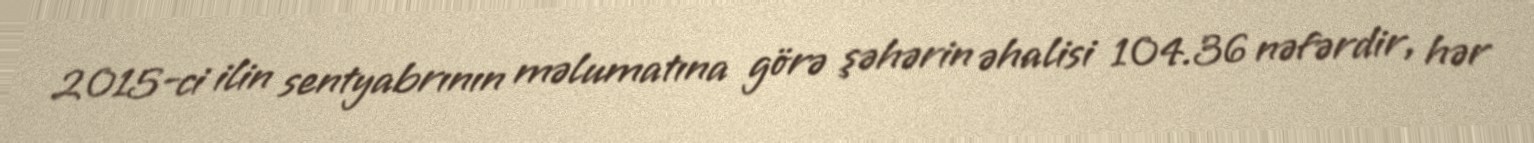
2015-ci ilin sentyabrının məlumatına görə şəhərin əhalisi 104.36 nəfərdir, hər